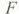
F